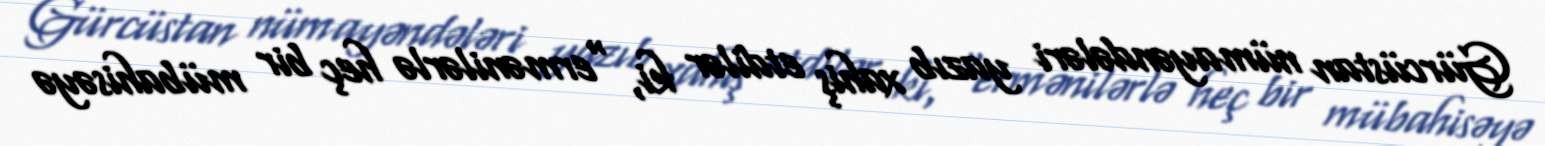
Gürcüstan nümayəndələri yazıb xahiş etdilər ki, "ermənilərlə heç bir mübahisəyə